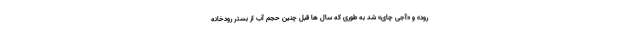
رود» و «آجی چای» شد به طوری که سال ها قبل چنین حجم آب از بستر رودخانه